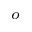
^ { o }